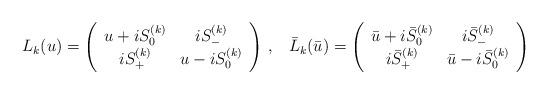
LaTeX: \begin{align*}L_k(u) =\left (\begin{array}{cc}u + i S^{(k)}_0 & i S_{-}^{(k)} \\i S_{+}^{(k)} & u - i S^{(k)}_0 \end{array} \right )\,, &&\bar L_k(\bar u) = \left(\begin{array}{cc}\bar u + i \bar S_0^{(k)} & i \bar S_{-}^{(k)}\\i \bar S_{+}^{(k)}& \bar u - i \bar S_0^{(k)}\end{array}\right)\end{align*}